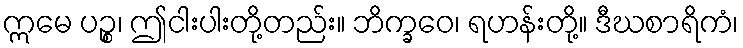
ဣမေ ပဉ္စ၊ ဤငါးပါးတို့တည်း။ ဘိက္ခဝေ၊ ရဟန်းတို့။ ဒီဃစာရိကံ၊